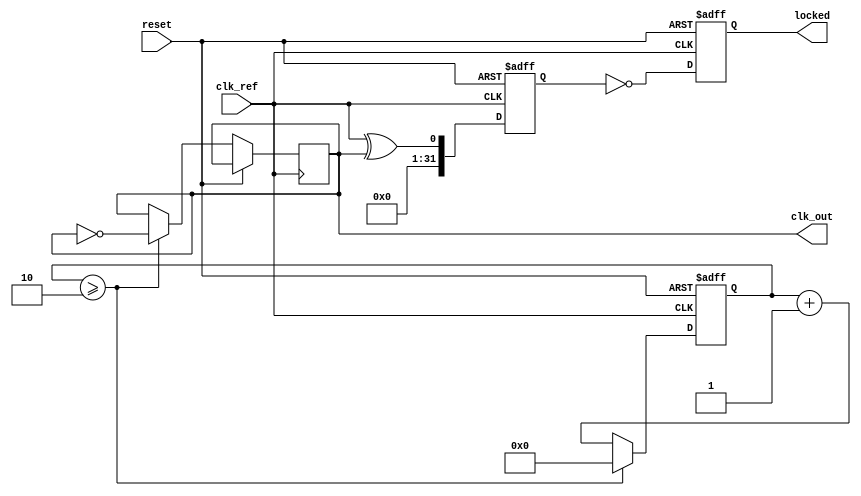
module parameterized_PLL #(
    parameter INPUT_FREQ_MIN = 1_000,          // Minimum input frequency in Hz
    parameter INPUT_FREQ_MAX = 100_000,         // Maximum input frequency in Hz
    parameter VCO_FREQ_MIN = 1_000,             // Minimum VCO frequency in Hz
    parameter VCO_FREQ_MAX = 100_000_000,       // Maximum VCO frequency in Hz
    parameter DIV_FEEDBACK = 2,                  // Feedback divider ratio
    parameter VCO_SENSITIVITY = 1                // Sensitivity in Hz/V
)(
    input wire clk_ref,                          // Reference clock input
    input wire reset,                            // Asynchronous reset
    output wire clk_out,                         // VCO output clock
    output wire locked                           // Lock indicator
);

    reg [31:0] phase_error;                      // Phase error signal
    reg [31:0] control_voltage;                  // Control voltage for VCO
    reg [31:0] vco_output;                       // Output from VCO
    reg [31:0] feedback_divider;                 // Feedback divider counter
    reg locked_internal;                          // Internal lock signal

    // Simple phase detector (XOR for example)
    always @(posedge clk_ref or posedge reset) begin
        if (reset) begin
            phase_error <= 0;
        end else begin
            // We assume a simple scenario where clk_out is generated from vco_output
            phase_error <= clk_ref ^ clk_out; // Phase comparison
        end
    end

    // Low-Pass Filter Implementation
    always @(posedge clk_ref or posedge reset) begin
        if (reset) begin
            control_voltage <= 0;
        end else begin
            control_voltage <= control_voltage + (phase_error >> 2); // Simple integrating filter
        end
    end

    // Voltage-Controlled Oscillator (VCO)
    always @(posedge clk_ref or posedge reset) begin
        if (reset) begin
            vco_output <= VCO_FREQ_MIN; // Start from min frequency
        end else begin
            // Update VCO output based on control voltage
            vco_output <= vco_output + (control_voltage * VCO_SENSITIVITY);
            // Keep within VCO frequency limits
            if (vco_output > VCO_FREQ_MAX) begin
                vco_output <= VCO_FREQ_MAX;
            end else if (vco_output < VCO_FREQ_MIN) begin
                vco_output <= VCO_FREQ_MIN;
            end
        end
    end

    // Feedback Divider
    always @(posedge clk_ref or posedge reset) begin
        if (reset) begin
            feedback_divider <= 0;
        end else begin
            feedback_divider <= feedback_divider + 1;
            if (feedback_divider >= DIV_FEEDBACK) begin
                feedback_divider <= 0;
                clk_out <= ~clk_out; // Toggle output clock
            end
        end
    end

    // Lock indicator
    always @(posedge clk_ref or posedge reset) begin
        if (reset) begin
            locked_internal <= 0;
        end else begin
            // Simple lock detection on phase error
            locked_internal <= (phase_error == 0);
        end
    end

    assign locked = locked_internal;

endmodule